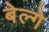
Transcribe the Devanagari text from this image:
बेल्गे